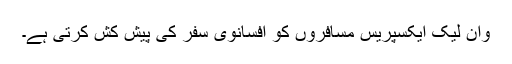
وان لیک ایکسپریس مسافروں کو افسانوی سفر کی پیش کش کرتی ہے۔